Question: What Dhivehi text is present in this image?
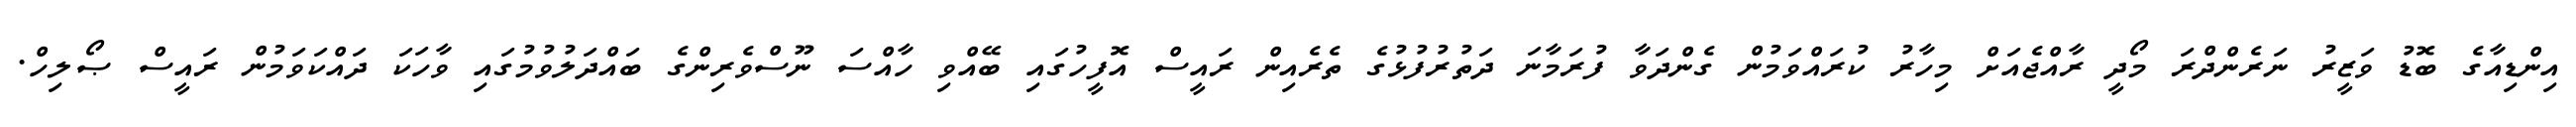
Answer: އިންޑިއާގެ ބޮޑު ވަޒީރު ނަރެންދްރަ މޯދީ ރާއްޖެއަށް މިހާރު ކުރައްވަމުން ގެންދަވާ ފުރަމާނަ ދަތުރުފުޅުގެ ތެރެއިން ރައީސް އޮފީހުގައި ބޭއްވި ހާއްސަ ނޫސްވެރިންގެ ބައްދަލުވުމުގައި ވާހަކަ ދައްކަވަމުން ރައީސް ޞޯލިހް.